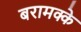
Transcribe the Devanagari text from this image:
बरामक्के